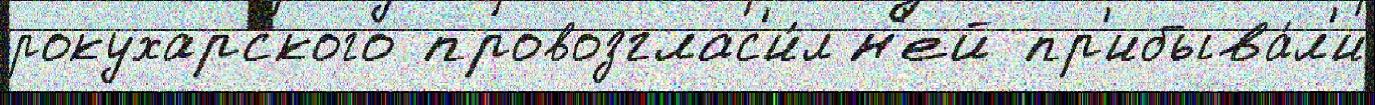
рокухарского провозглас'и́л н'ей пр'ибыва́л'и